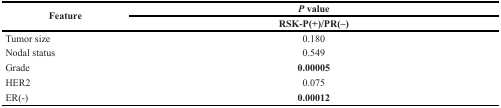
<table><thead><tr><td rowspan="2"><b>Feature</b></td><td><b><i>P</i> value</b></td></tr><tr><td><b>RSK-P(+)/PR(–)</b></td></tr></thead><tbody><tr><td>Tumor size</td><td>0.180</td></tr><tr><td>Nodal status</td><td>0.549</td></tr><tr><td>Grade</td><td><b>0.00005</b></td></tr><tr><td>HER2</td><td>0.075</td></tr><tr><td>ER(-)</td><td><b>0.00012</b></td></tr></tbody></table>